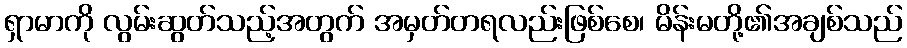
ရှာမာကို လွမ်းဆွတ်သည့်အတွက် အမှတ်တရလည်းဖြစ်စေ၊ မိန်းမတို့၏အချစ်သည်